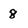
Character: 8